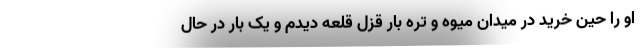
او را حین خرید در میدان میوه و تره بار قزل قلعه دیدم و یک بار در حال